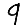
Digit: 9